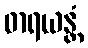
ဓာရယန္တံ